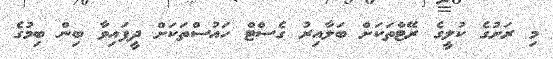
މި ރަށުގެ ކުލީގެ ރޭޓްތަކަށް ބަލާއިރު ގެސްޓް ހައުސްތަކަށް ދީފައިވާ ބިން ބިމުގެ